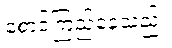
စောင့်ကြည့်နေသည်။